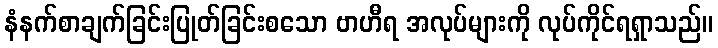
နံနက်စာချက်ခြင်းပြုတ်ခြင်းစသော ဗာဟီရ အလုပ်များကို လုပ်ကိုင်ရရှာသည်။